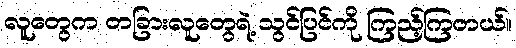
လူတွေက တခြားလူတွေရဲ့ သွင်ပြင်ကို ကြည့်ကြတယ်။